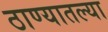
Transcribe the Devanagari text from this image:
ठाण्यातल्या